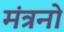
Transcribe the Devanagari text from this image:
मंत्रनो